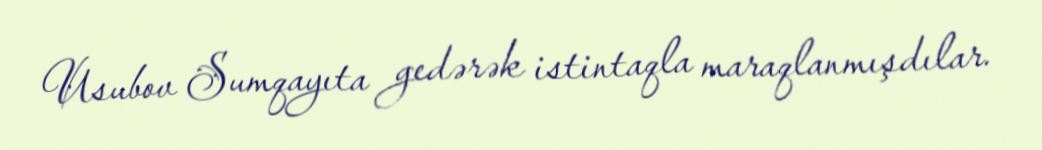
Usubov Sumqayıta gedərək istintaqla maraqlanmışdılar.